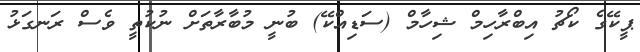
ޕީކޭގެ ކޯޗު އިބްރާހިމް ޝިހާމް (ސަޑިއްކޭ) ބުނީ މުބާރާތަށް ނުކުތީ ވެސް ރަނގަޅު